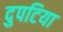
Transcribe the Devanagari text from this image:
दुपटिया